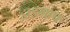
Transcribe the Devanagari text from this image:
डाइग्राफ